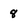
Character: 8